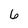
Character: 6